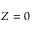
Z = 0